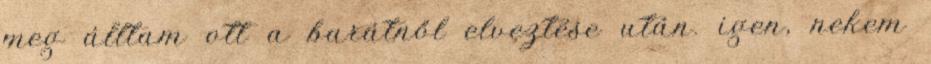
meg álltam ott a barátnől elveztése után. igen, nekem